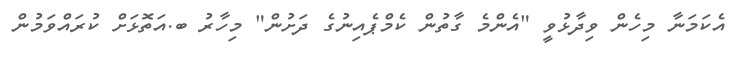
އެކަމަނާ މިހެން ވިދާޅުވީ "އެންމެ ގާތުން ކެމްޕެއިނުގެ ދަށުން" މިހާރު ބ.އަތޮޅަށް ކުރައްވަމުން